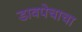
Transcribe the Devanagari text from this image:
डावपेचाचा